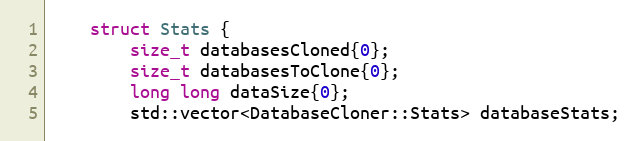
Language: C
    struct Stats {
        size_t databasesCloned{0};
        size_t databasesToClone{0};
        long long dataSize{0};
        std::vector<DatabaseCloner::Stats> databaseStats;